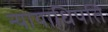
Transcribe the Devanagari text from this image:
न्यायाधिपति